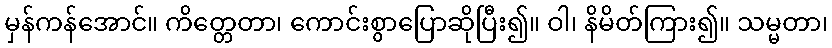
မှန်ကန်အောင်။ ကိတ္တေတာ၊ ကောင်းစွာပြောဆိုပြီး၍။ ဝါ၊ နိမိတ်ကြား၍။ သမ္မတာ၊